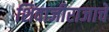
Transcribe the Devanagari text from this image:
शिवाजीराजाचे